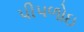
પીપળોઇ